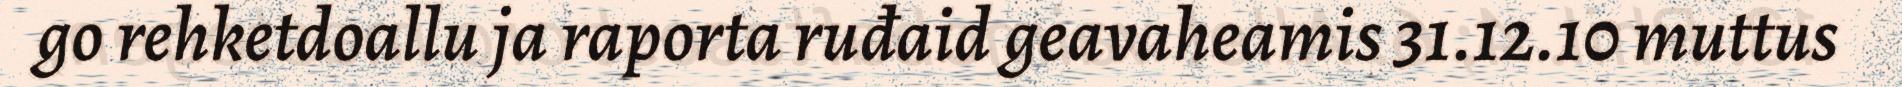
go rehketdoallu ja raporta ruđaid geavaheamis 31.12.10 muttus